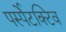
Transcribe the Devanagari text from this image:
पर्स्पेटक्टिव